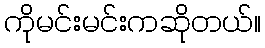
ကိုမင်းမင်းကဆိုတယ်။